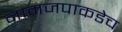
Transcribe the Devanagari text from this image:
नामजपाकडेच